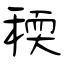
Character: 稬